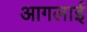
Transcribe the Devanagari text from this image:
आगलाई